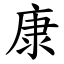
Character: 康